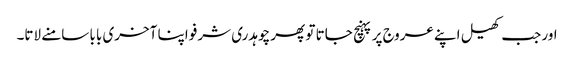
اور جب کھیل اپنے عروج پر پہنچ جاتا تو پھر چوہدری شرفو اپنا آخری بابا سامنے لاتا۔